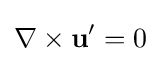
\nabla \times {\textbf {u}}'=0